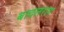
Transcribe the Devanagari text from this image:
बादलराग